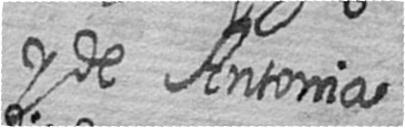
y de Antonia